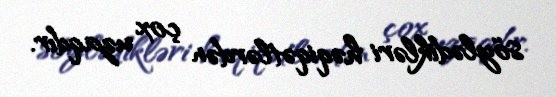
söylədikləri həqiqətlərdən çox uzaqdır.